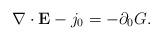
LaTeX: \begin{align*}\nabla\cdot {\bf E} - j_0 = -\partial_0 G. \end{align*}